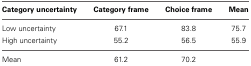
<table><thead><tr><td><b>Category uncertainty</b></td><td><b>Category frame</b></td><td><b>Choice frame</b></td><td><b>Mean</b></td></tr></thead><tbody><tr><td>Low uncertainty</td><td>67.1</td><td>83.8</td><td>75.7</td></tr><tr><td>High uncertainty</td><td>55.2</td><td>56.5</td><td>55.9</td></tr><tr><td>Mean</td><td>61.2</td><td>70.2</td><td></td></tr></tbody></table>